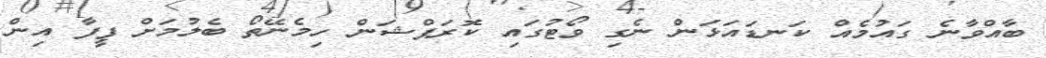
ބާއްވާނެ ގައުމެއް ކަނޑައަޅަން ނެގި ވޯޓުގައި ކޮރަޕްޝަން ހިމެނޭތޯ ބެލުމަށް ފީފާ އިން